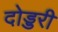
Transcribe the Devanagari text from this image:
दोड्डरी